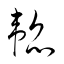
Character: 韜